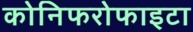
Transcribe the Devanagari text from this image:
कोनिफरोफाइटा